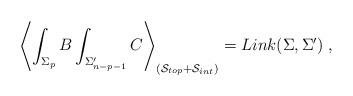
LaTeX: \begin{align*}\left\langle \int_{\Sigma _p}B\int_{\Sigma _{n-p-1}^{\prime }}C\right\rangle_{\left( \mathcal{S}_{top}+\mathcal{S}_{int}\right) }=Link(\Sigma ,\Sigma^{\prime })\;, \end{align*}